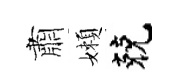
肅嬾兢